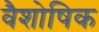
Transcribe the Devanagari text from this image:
वैशोषिक